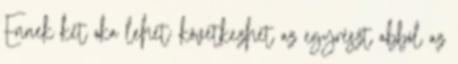
Ennek két oka lehet: következhet az egyrészt abból az